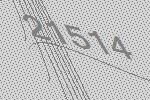
21514